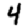
Digit: 4